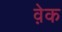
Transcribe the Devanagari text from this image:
व़ेक